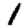
Digit: 1